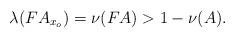
LaTeX: \begin{align*}\lambda(FA_{x_o}) = \nu(FA) > 1 - \nu(A).\end{align*}